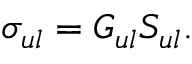
\sigma _ { u l } = G _ { u l } S _ { u l } .